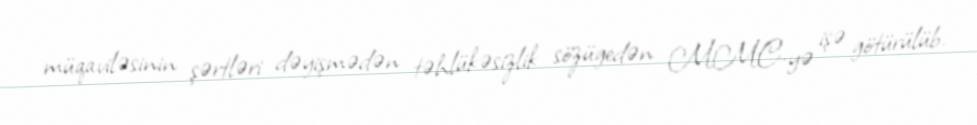
müqaviləsinin şərtləri dəyişmədən təhlükəsizlik sözügedən MMC-yə işə götürülüb.